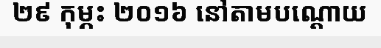
២៩ កុម្ភះ ២០១៦ នៅតាមបណ្តោយ